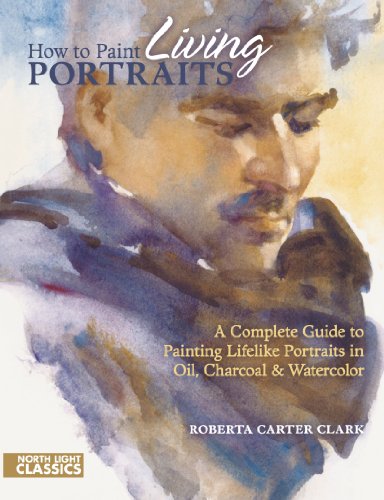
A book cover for How to Paint Living Portraits (North Light Classics); Roberta Carter Clark; Arts & Photography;